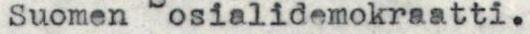
Suomen osialidemokraatti.